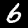
Digit: 6